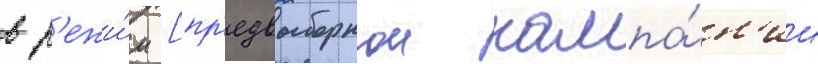
в р'ежи́м [пр'едвыборнои кампа́н'ии